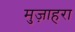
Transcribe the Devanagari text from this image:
मुज़ाहरा